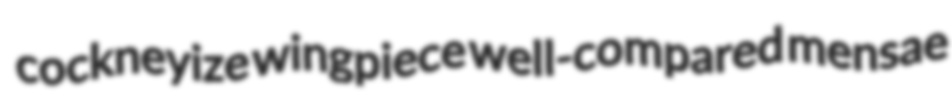
cockneyize wingpiece well-compared mensae